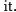
it.